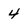
Character: 4